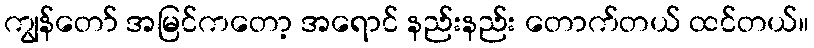
ကျွန်တော် အမြင်ကတော့ အရောင် နည်းနည်း တောက်တယ် ထင်တယ်။